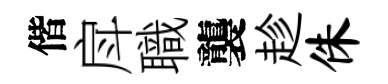
偕戽職襲趁侏